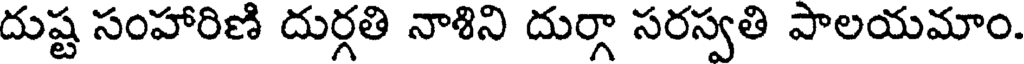
దుష్ట సంహారిణి దుర్గతి నాశిని దుర్గా సరస్వతి పాలయమాం.